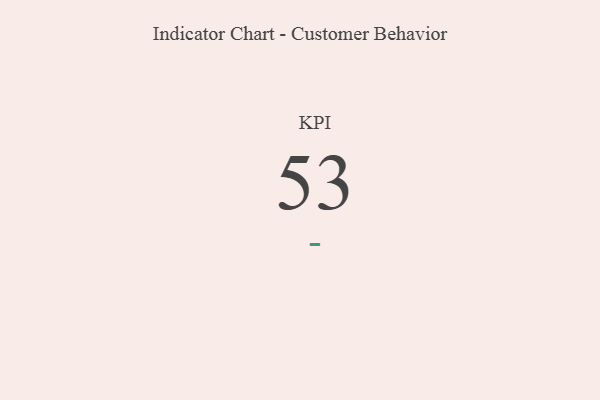
{"axis": {"x": "KPI", "y": "Value"}, "legend": [""], "data": [{"x": "KPI", "y": 53, "type": ""}]}